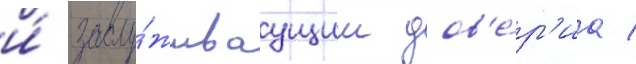
и́ заслу́живаущим дов'е́р'иа /